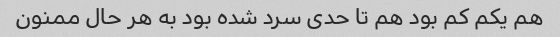
هم یکم کم بود هم تا حدی سرد شده بود به هر حال ممنون